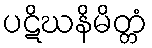
ပဋိဃနိမိတ္တံ